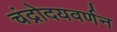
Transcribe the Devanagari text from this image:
चंद्रोदयवर्णन